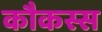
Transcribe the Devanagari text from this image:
कौकस्स